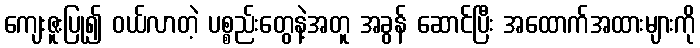
ကျေးဇူးပြု၍ ဝယ်လာတဲ့ ပစ္စည်းတွေနဲ့အတူ အခွန် ဆောင်ပြီး အထောက်အထားများကို